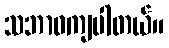
သဘာဝကျပါတယ်။